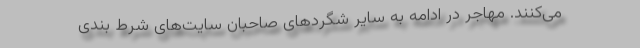
می‌کنند. مهاجر در ادامه به سایر شگردهای صاحبان سایت‌های شرط بندی